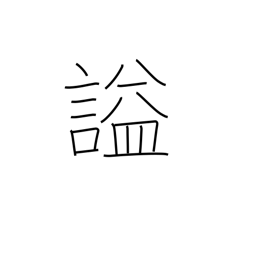
Meaning: laughing